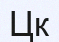
Цк